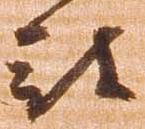
被